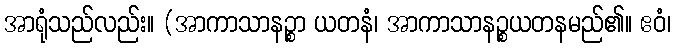
အာရုံသည်လည်း။ (အာကာသာနဉ္စာ ယတနံ၊ အာကာသာနဉ္စယတနမည်၏။ ဧဝံ၊